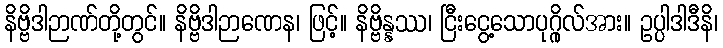
နိဗ္ဗိဒါဉာဏ်တို့တွင်။ နိဗ္ဗိဒါဉာဏေန၊ ဖြင့်။ နိဗ္ဗိန္နဿ၊ ငြီးငွေ့သောပုဂ္ဂိုလ်အား။ ဥပ္ပါဒါဒီနိ၊